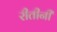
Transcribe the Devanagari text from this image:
रीतीनी